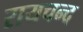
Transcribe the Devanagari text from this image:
रायचन्द